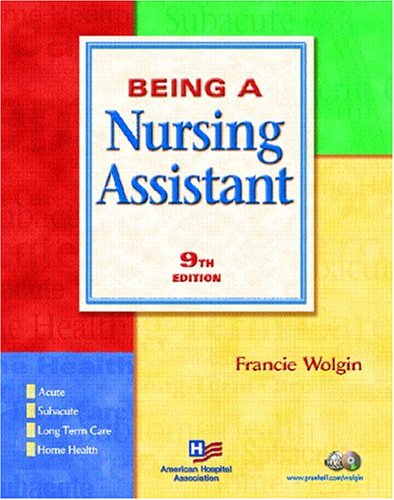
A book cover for Being a Nursing Assistant (9th Edition); Francie Wolgin; Medical Books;